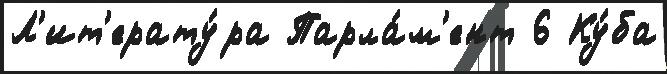
Л'ит'ерату́ра Парла́м'ент 6 Ку́ба